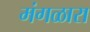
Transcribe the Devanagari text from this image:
मंगळारा